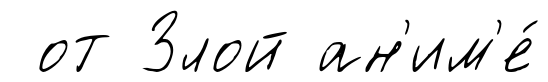
от Злой ан'им'е́